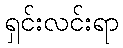
ရှင်းလင်းရာ